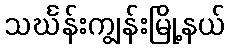
သင်္ဃန်းကျွန်းမြို့နယ်